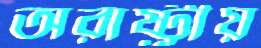
অরাষ্ট্রীয়